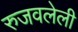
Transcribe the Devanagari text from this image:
रुजवलेली